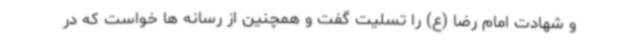
و شهادت امام رضا (ع) را تسلیت گفت و همچنین از رسانه ها خواست که در